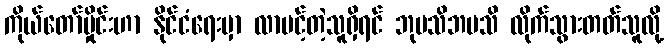
ကိုယ်တော်မှိုင်းဟာ နိုင်ငံရေးမှာ လာပင့်တဲ့သူရှိရင် ဘုမသိဘမသိ လိုက်သွားတတ်သူလို့